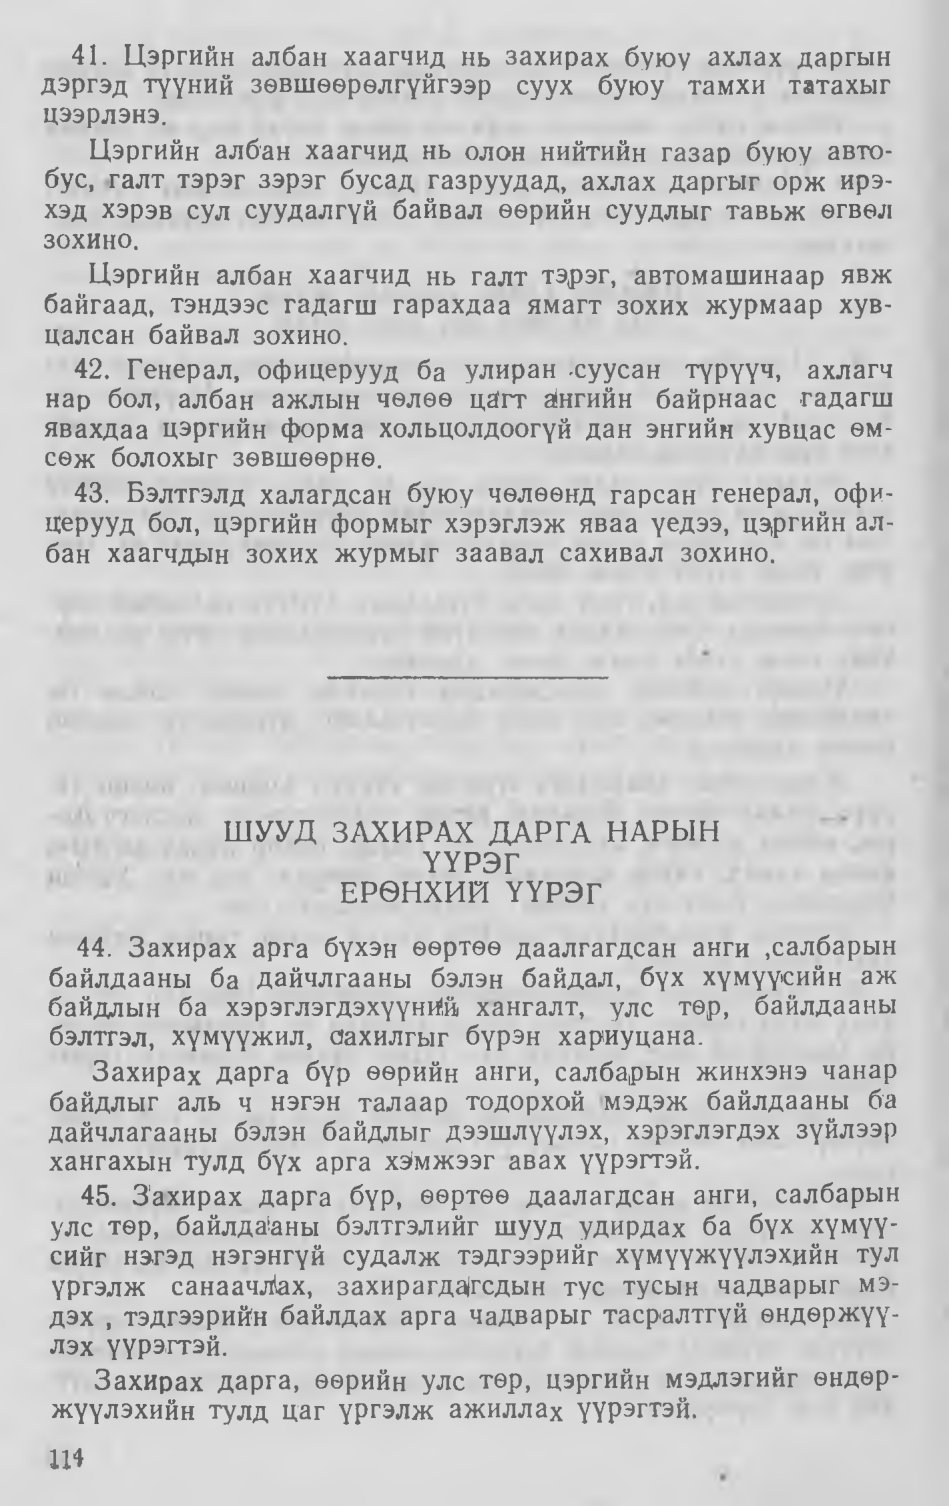
Language: mn